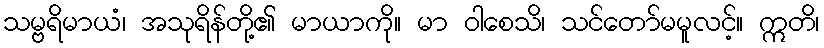
သမ္ဗရိမာယံ၊ အသုရိန်တို့၏ မာယာကို။ မာ ဝါစေသိ၊ သင်တော်မမူလင့်။ ဣတိ၊